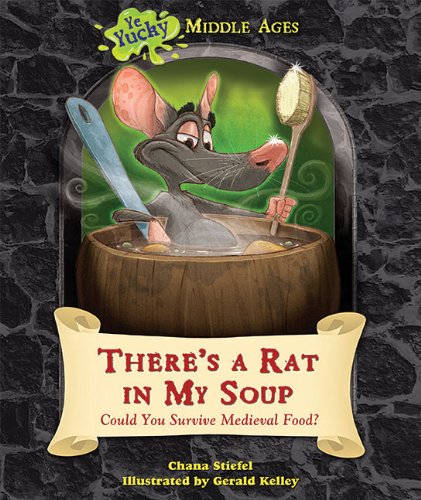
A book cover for There's a Rat in My Soup: Could You Survive Medieval Food? (Ye Yucky Middle Ages); Chana Stiefel; Teen & Young Adult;